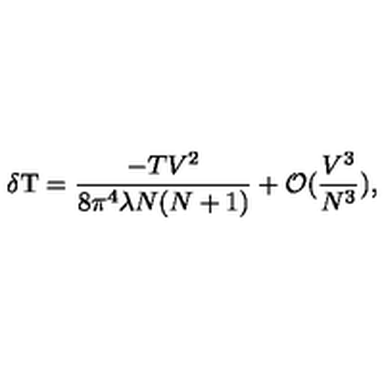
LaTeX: \delta \mathrm { T } = \frac { - T V ^ { 2 } } { 8 \pi ^ { 4 } \lambda N ( N + 1 ) } + { \cal O } ( \frac { V ^ { 3 } } { N ^ { 3 } } ) ,